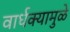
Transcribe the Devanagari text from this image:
वार्धक्यामुळे